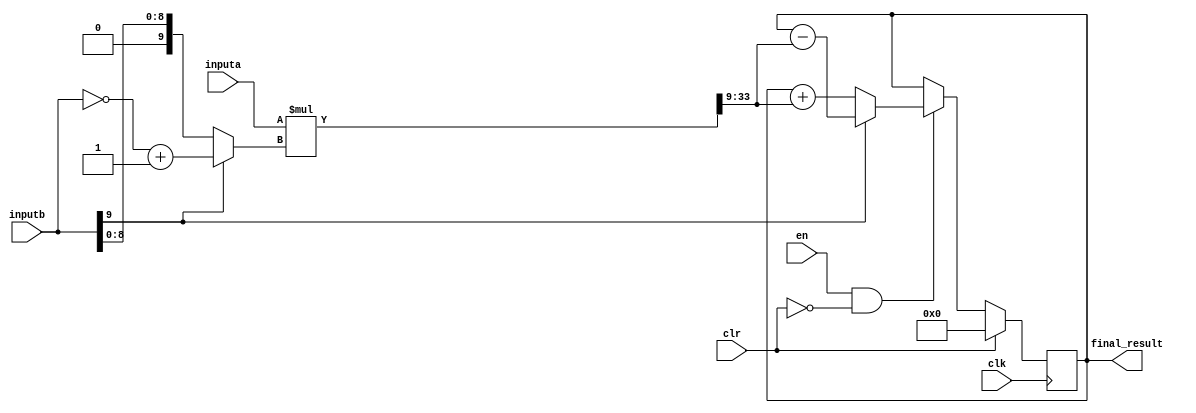
module mac2(inputa,inputb,final_result,clk,clr,en);

parameter inputa_size=25;

parameter inputb_size=10;

input[inputa_size-1:0] inputa;

input[inputb_size-1:0] inputb;
input en,clk,clr;
output reg [24:0] final_result;
wire [9:0]b,b0;
wire [24:0] product;
wire [33:0] product1;

assign b=~inputb+1;
assign b0=inputb[9]?b:inputb;
assign product1=inputa*b0;
assign product=product1[33:9];
always@(posedge clk)

begin

if(clr==1)

begin
final_result=25'b0;
end

else if(en==1'b1&&clr==1'b0)
begin
if(inputb[inputb_size-1]==0)
begin
final_result<=final_result+product;
end
else if(inputb[inputb_size-1]==1)
begin
final_result<=final_result-product;
end
end
else
begin

end

end

endmodule